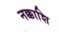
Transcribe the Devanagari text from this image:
नक्काशि